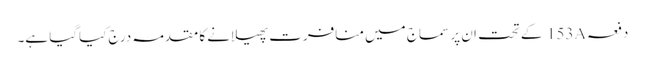
دفعہ153A کے تحت ان پر سماج میں منافرت پھیلانے کا مقدمہ درج کیاگیا ہے۔